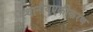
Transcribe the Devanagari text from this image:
स्थानीयएकीकरण